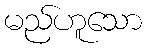
မည်ဟူသော